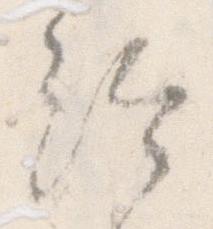
給